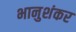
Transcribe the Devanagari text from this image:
भानुशंकर